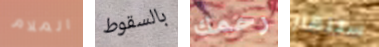
الملام بالسقوط رحمك ستنهار